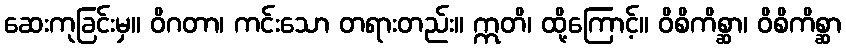
ဆေးကုခြင်းမှ။ ဝိဂတာ၊ ကင်းသော တရားတည်း။ ဣတိ၊ ထို့ကြောင့်။ ဝိစိကိစ္ဆာ၊ ဝိစိကိစ္ဆာ